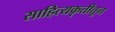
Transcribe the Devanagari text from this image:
साहित्यकृतीतून